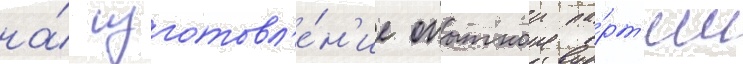
на́ изготовл'е́н'ие опытнои па́рт'ии